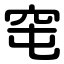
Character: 窀